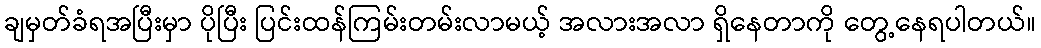
ချမှတ်ခံရအပြီးမှာ ပိုပြီး ပြင်းထန်ကြမ်းတမ်းလာမယ့် အလားအလာ ရှိနေတာကို တွေ့နေရပါတယ်။